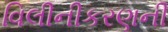
વિલીનીકરણની